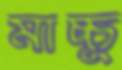
মাচ্চু